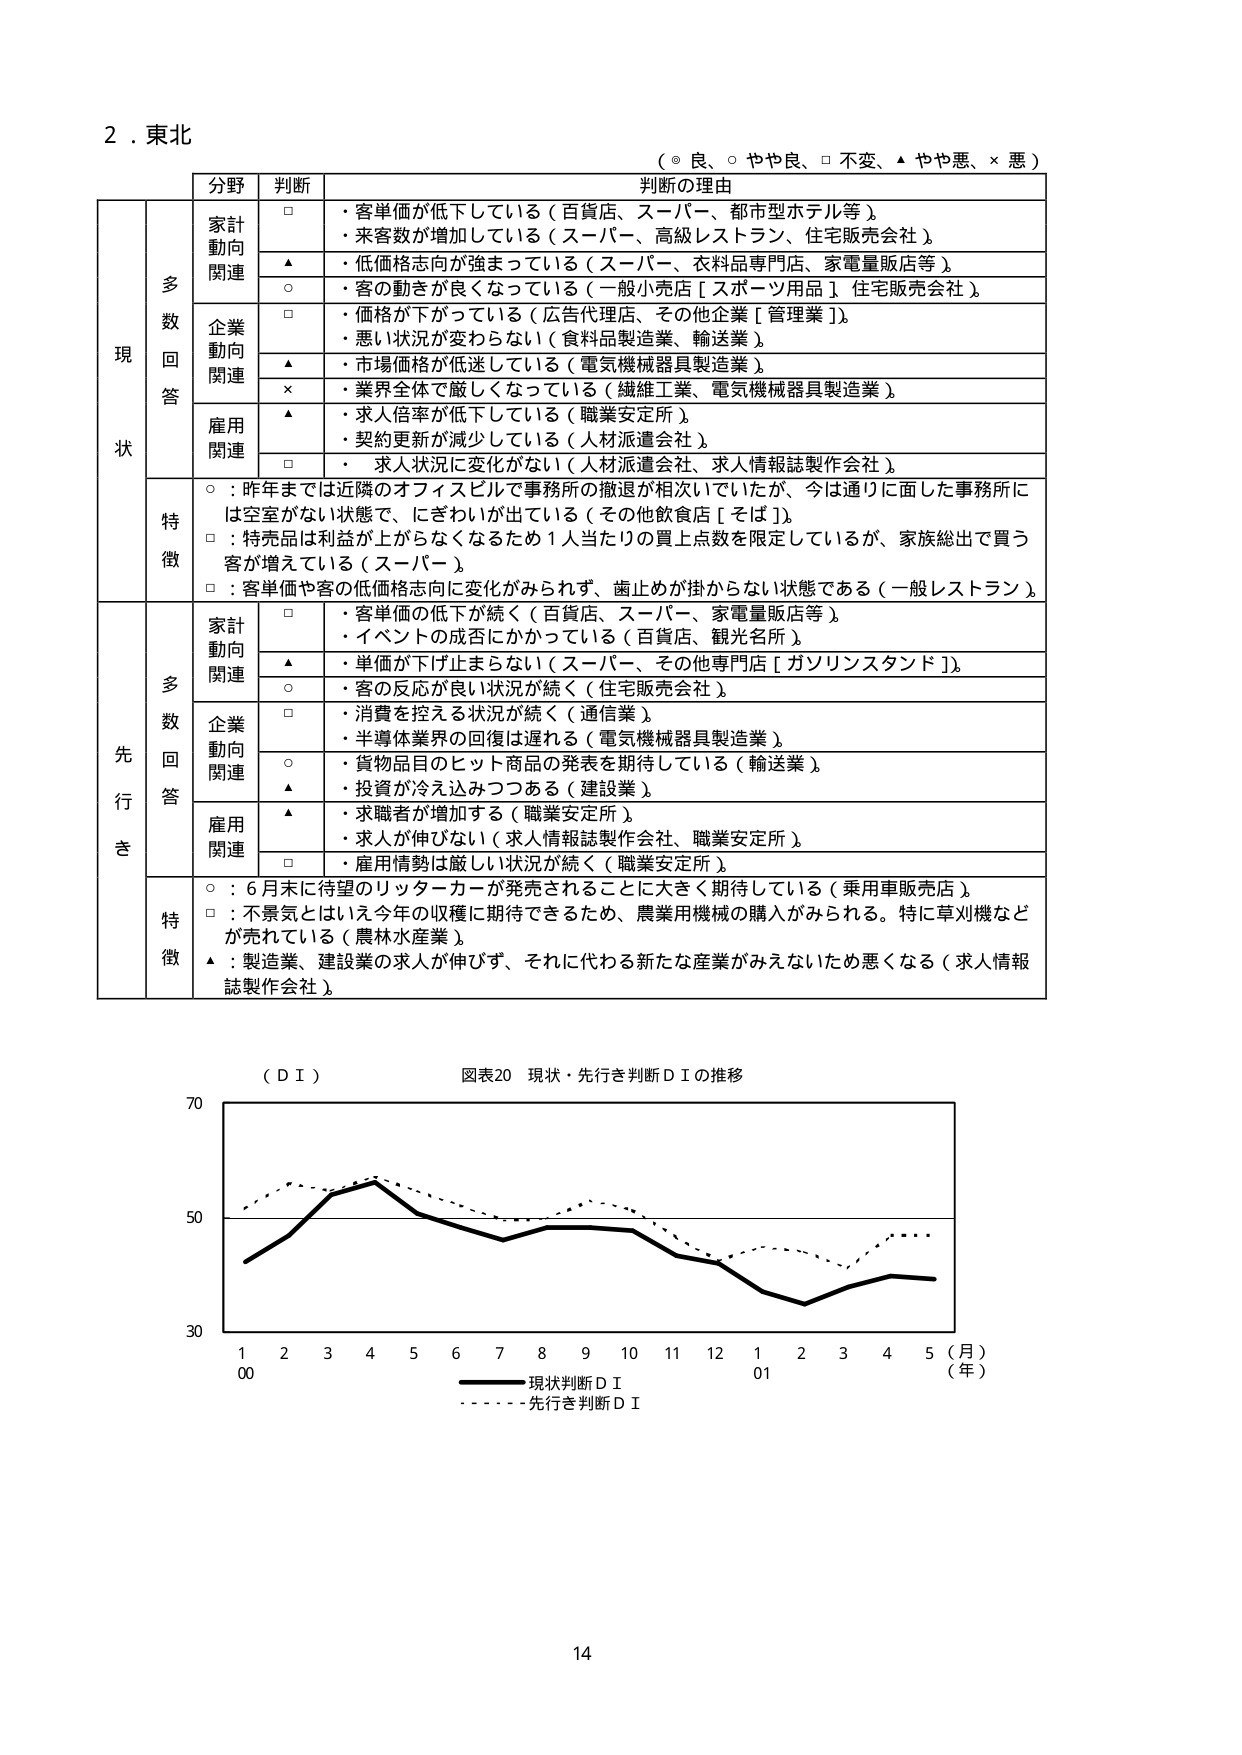
2．東北

（◎ 良、○ やや良、□ 不変、▲ やや悪、× 悪）

分野 判断 判断の理由

現状

多数回答

家計動向関連
□ ・客単価が低下している（百貨店、スーパー、都市型ホテル等）
　・来客数が増加している（スーパー、高級レストラン、住宅販売会社）
▲ ・低価格志向が強まっている（スーパー、衣料品専門店、家電量販店等）
○ ・客の動きが良くなっている（一般小売店［スポーツ用品］住宅販売会社）

企業動向関連
□ ・価格が下がっている（広告代理店、その他企業［管理業］）
　・悪い状況が変わらない（食料品製造業、輸送業）
▲ ・市場価格が低迷している（電気機械器具製造業）
× ・業界全体で厳しくなっている（繊維工業、電気機械器具製造業）

雇用関連
▲ ・求人倍率が低下している（職業安定所）
　・契約更新が減少している（人材派遣会社）
□ ・求人状況に変化がない（人材派遣会社、求人情報誌製作会社）

特徴
○：昨年までは近隣のオフィスビルで事務所の撤退が相次いでいたが、今は通りに面した事務所には空室がない状態で、にぎわいが出ている（その他飲食店［そば］）
□：特売品は利益が上がらなくなるため1人当たりの買上点数を限定しているが、家族総出で買う客が増えている（スーパー）
□：客単価や客の低価格志向に変化がみられず、歯止めが掛からない状態である（一般レストラン）

先行き

多数回答

家計動向関連
□ ・客単価の低下が続く（百貨店、スーパー、家電量販店等）
　・イベントの成否にかかっている（百貨店、観光業）
▲ ・単価が下げ止まらない（スーパー、その他専門店［ガソリンスタンド］）
○ ・客の反応が良い状況が続く（住宅販売会社）

企業動向関連
□ ・消費を控える状況が続く（通信業）
　・半導体業界の回復は遅れる（電気機械器具製造業）
○ ・貨物品目のヒット商品の発表を期待している（輸送業）
▲ ・投資が冷え込みつつある（建設業）

雇用関連
▲ ・求職者が増加する（職業安定所）
　・求人が伸びない（求人情報誌製作会社、職業安定所）
□ ・雇用情勢は厳しい状況が続く（職業安定所）

特徴
○：6月末に待望のリッターカーが発売されることに大きく期待している（乗用車販売店）
□：不景気とはいえ今年の収穫に期待できるため、農業用機械の購入がみられる。特に草刈機などが売れている（農林水産業）
▲：製造業、建設業の求人が伸びず、それに代わる新たな産業がみえないため悪くなる（求人情報誌製作会社）

（ＤＩ） 図表20 現状・先行き判断ＤＩの推移

70
50
30
1 2 3 4 5 6 7 8 9 10 11 12 1 2 3 4 5（月）
00 01 （年）
―――― 現状判断ＤＩ
・・・・・・ 先行き判断ＤＩ

14